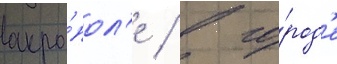
акро́пол'е / в го́род'е